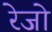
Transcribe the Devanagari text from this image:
रेजो